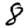
Digit: 8